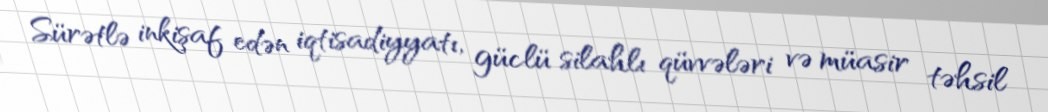
Sürətlə inkişaf edən iqtisadiyyatı, güclü silahlı qüvvələri və müasir təhsil